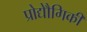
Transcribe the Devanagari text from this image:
प्रोद्यौेगिकी